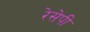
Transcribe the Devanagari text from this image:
रेसेपी